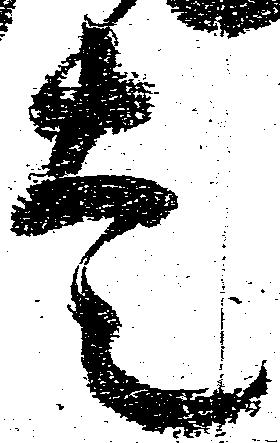
走